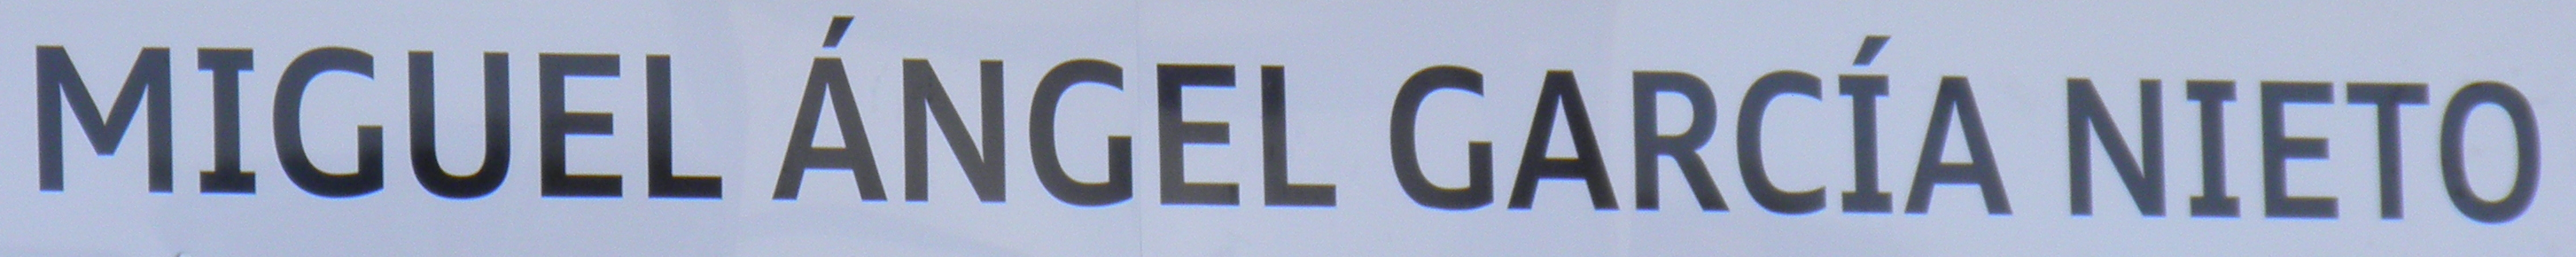
MIGUEL ANGEL GARCIA NIETO